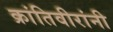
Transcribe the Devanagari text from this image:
क्रांतिवीरांनी